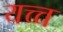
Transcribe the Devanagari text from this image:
यच्च